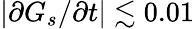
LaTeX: \vert\partial G_{s}/\partial t\vert\lesssim 0.01